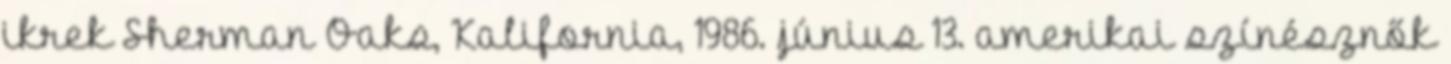
ikrek Sherman Oaks, Kalifornia, 1986. június 13. amerikai színésznők